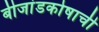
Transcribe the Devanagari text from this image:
बीजांडकोषाची